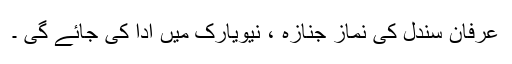
عرفان سندل کی نماز جنازہ ، نیویارک میں ادا کی جائے گی ۔